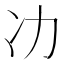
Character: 𭂇